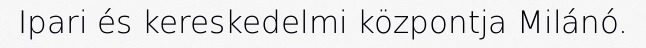
Ipari és kereskedelmi központja Milánó.